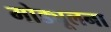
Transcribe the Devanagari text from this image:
मोड्यूलना